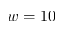
w = 1 0